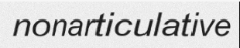
nonarticulative